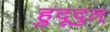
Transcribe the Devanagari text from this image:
हुदूदुल्